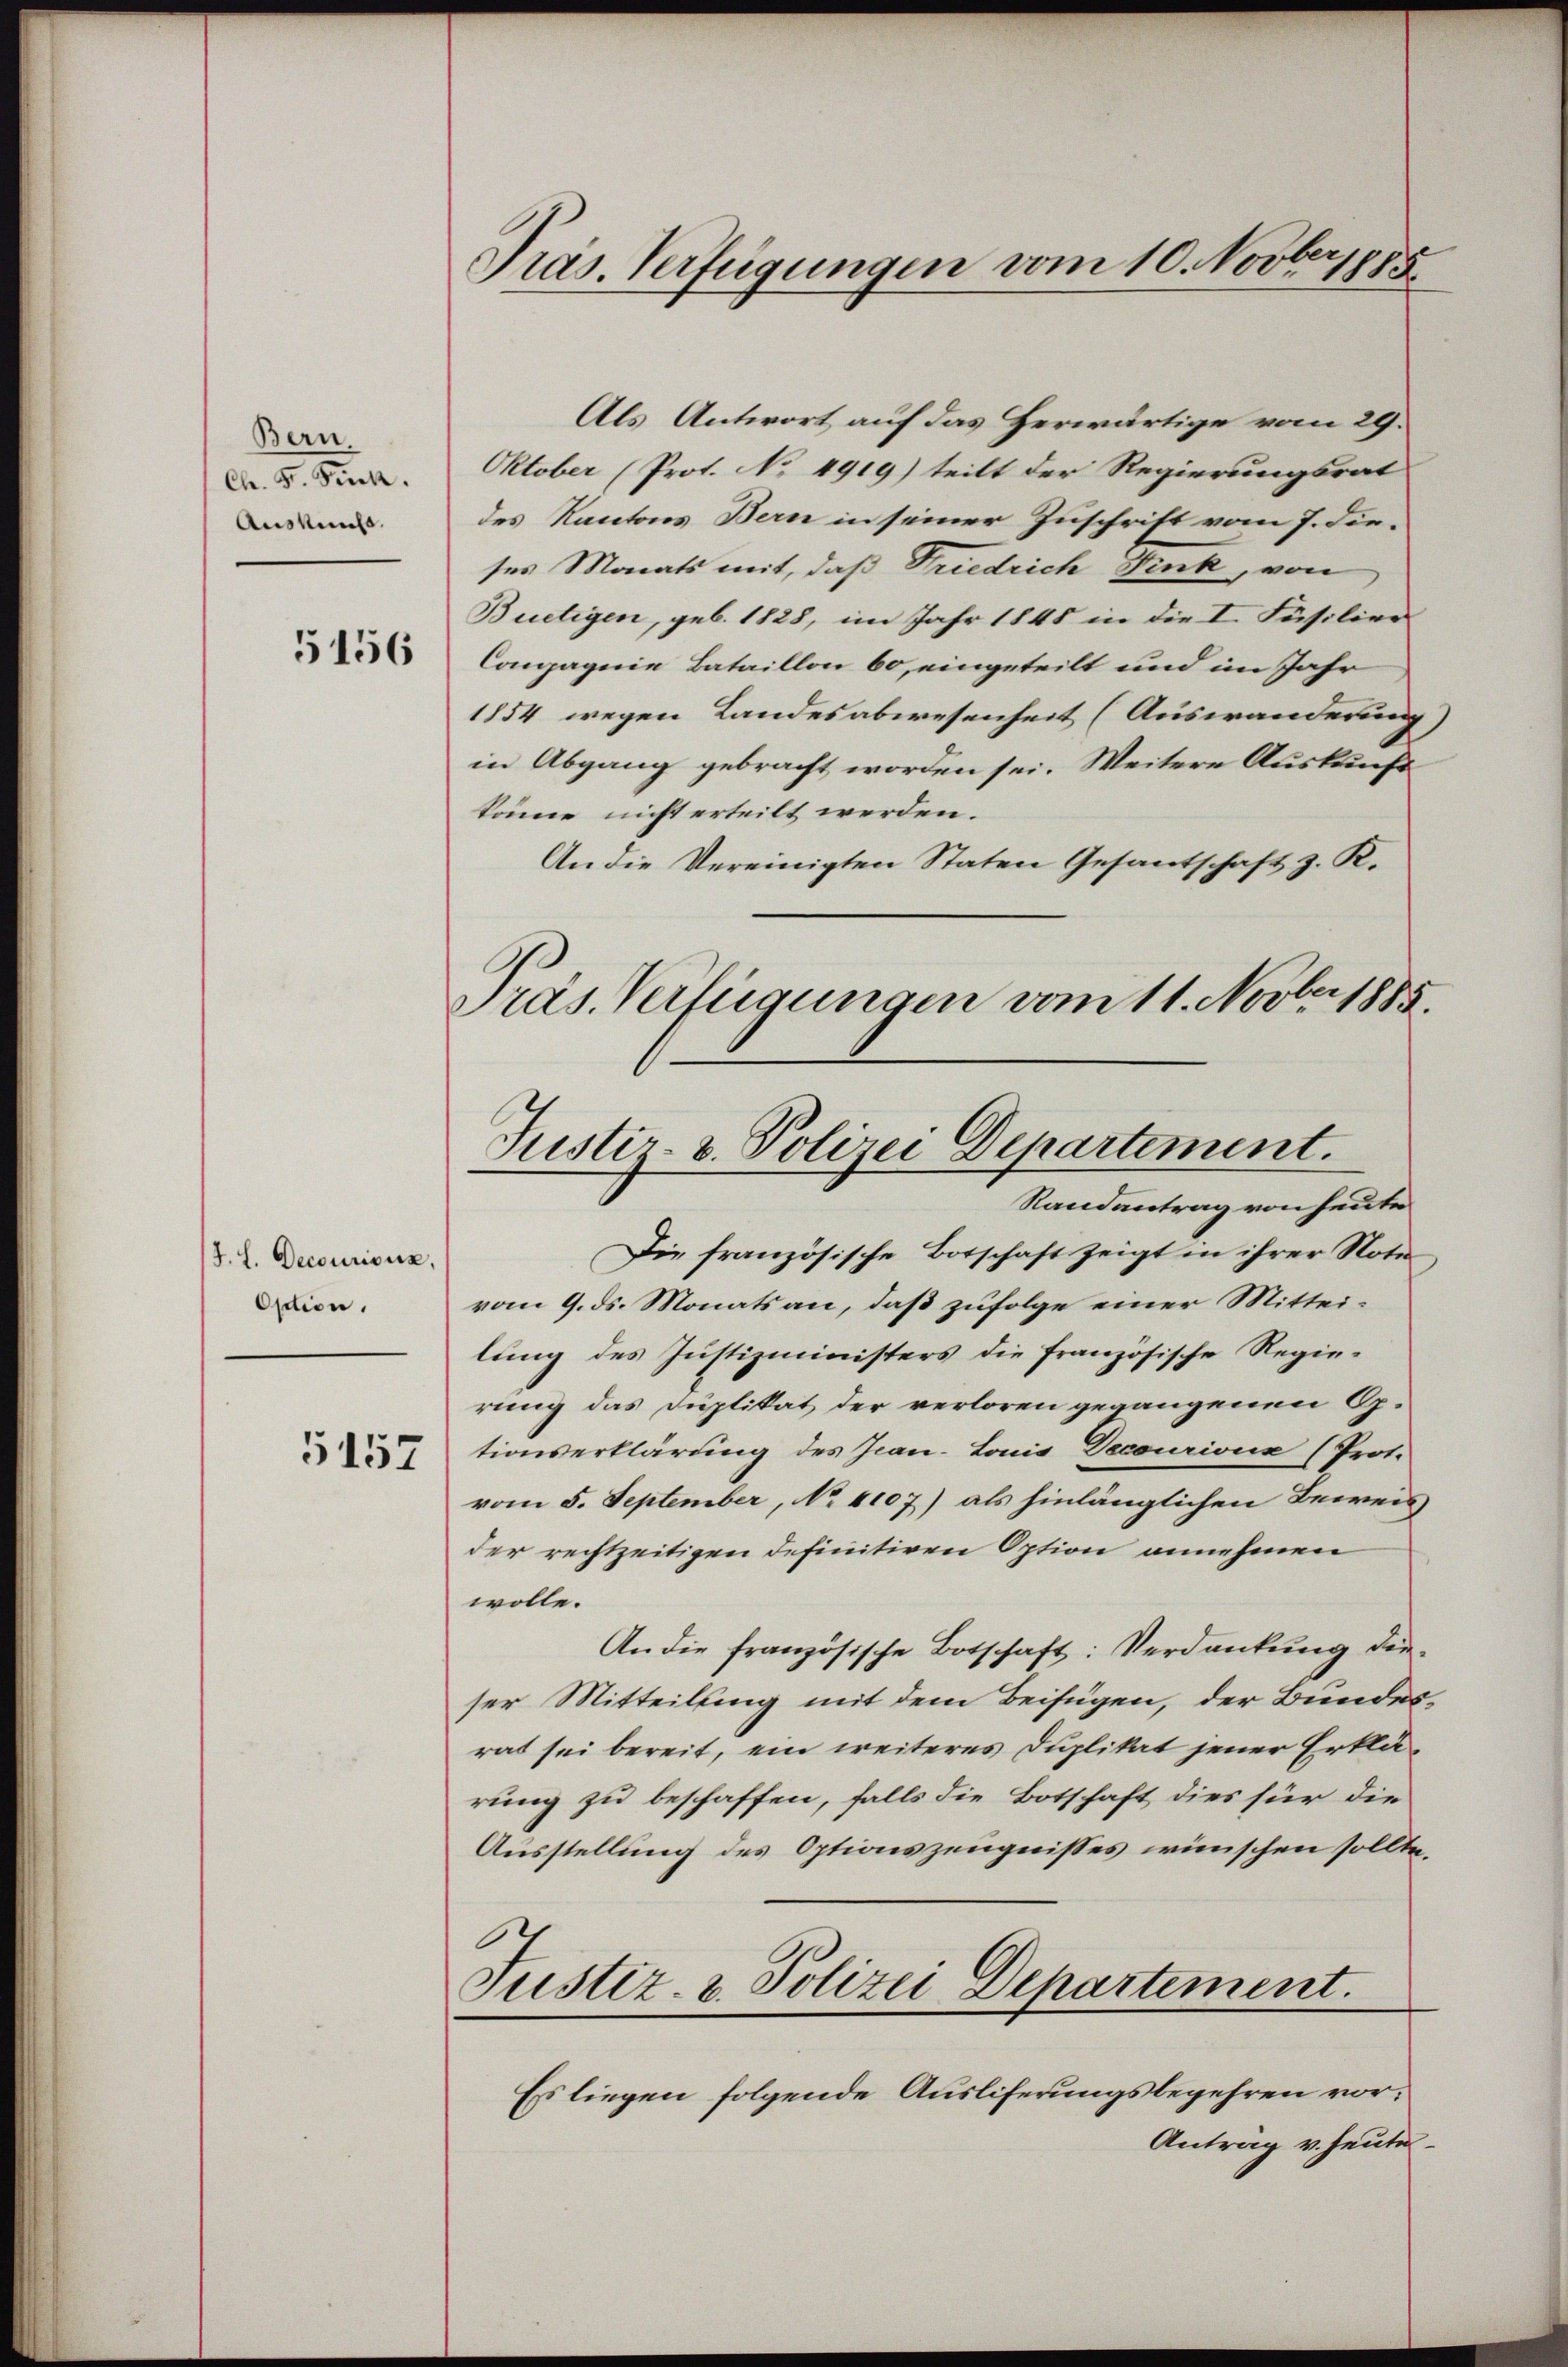
Bern.
Ch. F. Fuck.
Auskunft.
5156

J. L. Decourisur,
Ostion.

5157

Pras. Verfügungen vom 10. Novb. 1885

Als Antwort auf das Herwärtige vom 29.
Oktober (Prot. No 4919) teilt der Regierungsrat
des Kantons Bern in seiner Zuschrift vom 7. die-
ses Monats mit, daß Friedrich Fink, von
Buetigen, geb. 1828, im Jahr 1845 in die I. Füsilier
Compagnie Bataillon 60, eingeteilt und im Jahr
1854 wegen Landesabwesenheit (Auswanderung)
in Abgang gebracht worden sei. Weitere Auskunft
könne nicht erteilt werden.
An die Vereinigten Staten Gesantschaft z. K.
Präs. Verfügungen vom 11. Novbr. 1885.

Justiz & Polizei Departement.
Randantrag von heute

Die französische Botschaft zeigt in ihrer Note
vom 9. ds. Monats an, daß zufolge einer Mitteilung des Justizministers die französische Regierung das Duplikat der verloren gegangenen Op.
tionserklärung des Jean-Louis Decourionx (Prot.
vom 5. September, No 4107) als hinlänglichen Beweis
der rechtzeitigen definitiven Option annehmen
wolle.
An die französische Botschaft: Verdankung dieser Mitteilung mit dem Beifügen, der Bundesrat sei bereit, ein weiteres Duplikat jener Erklärung zu beschaffen, falls die Botschaft dies für die
Ausstellung des Optionszeugnisses wünschen sollte.
.
Justiz- & Polizei Departement.
Es liegen folgende Auslieferungsbegehren vor¬
Antrag v. heute